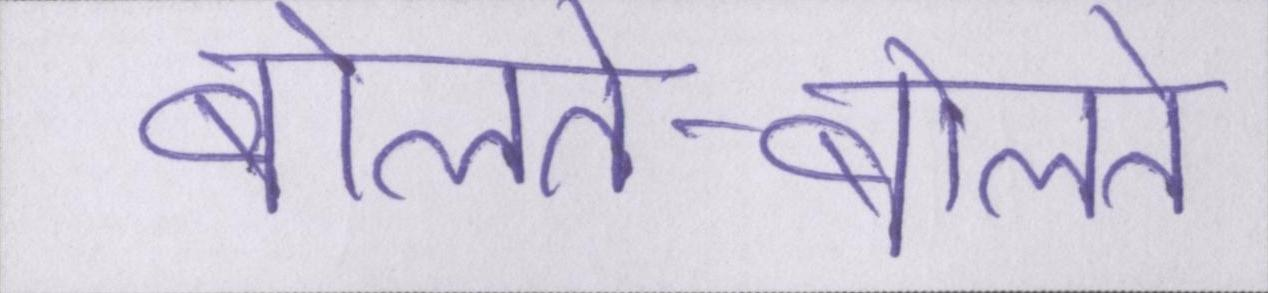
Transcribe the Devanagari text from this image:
बोलते-बोलते